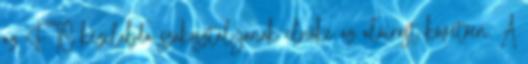
az FTC kézilabda szakosztályának elnöke az aláírást követően. A